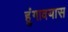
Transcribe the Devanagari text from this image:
हुंगावयास